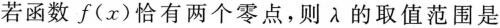
若函数f（x)恰有两个零点，则\gamma 的取值范围是